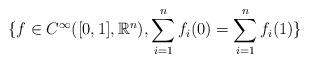
LaTeX: \begin{align*}\{ f \in C^\infty( [0,1], \mathbb{R}^n ), \sum_{i=1}^n f_i(0)=\sum_{i=1}^n f_i(1) \}\end{align*}